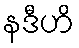
နဒီဟိ